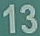
13